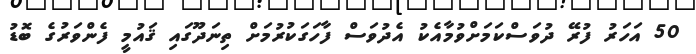
50 އަހަރު ފުރޭ ދުވަސްކަމަށްވުމާއެކު އެދުވަސް ފާހަގަކުރުމަށް ތިނަދޫގައި ޤައުމީ ފެންވަރުގެ ބޮޑު